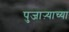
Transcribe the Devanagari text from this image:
पुजाऱ्याच्या